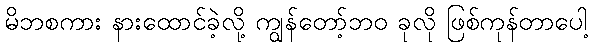
မိဘစကား နားထောင်ခဲ့လို့ ကျွန်တော့်ဘဝ ခုလို ဖြစ်ကုန်တာပေါ့